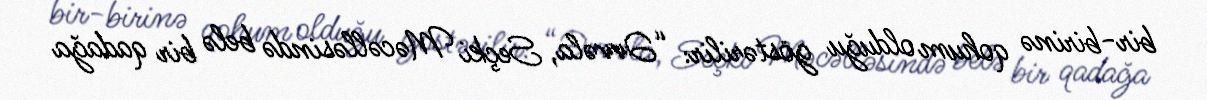
bir-birinə qohum olduğu göstərilir: “Əvvəla, Seçki Məcəlləsində belə bir qadağa